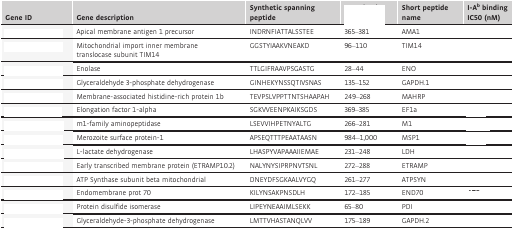
<table><thead><tr><td><b>Gene ID</b></td><td><b>Gene description</b></td><td><b>Synthetic spanning peptide</b></td><td>[EMPTY_CELL]</td><td><b>Short peptide name</b></td><td><b>I‐A<sup>b</sup> binding IC50 (nM)</b></td></tr></thead><tbody><tr><td>[EMPTY_CELL]</td><td>Apical membrane antigen 1 precursor</td><td>INDRNFIATTALSSTEE</td><td>365–381</td><td>AMA1</td><td>[EMPTY_CELL]</td></tr><tr><td>[EMPTY_CELL]</td><td>Mitochondrial import inner membrane translocase subunit TIM14</td><td>GGSTYIAAKVNEAKD</td><td>96–110</td><td>TIM14</td><td>[EMPTY_CELL]</td></tr><tr><td>[EMPTY_CELL]</td><td>Enolase</td><td>TTLGIFRAAVPSGASTG</td><td>28–44</td><td>ENO</td><td>[EMPTY_CELL]</td></tr><tr><td>[EMPTY_CELL]</td><td>Glyceraldehyde 3‐phosphate dehydrogenase</td><td>GINHEKYNSSQTIVSNAS</td><td>135–152</td><td>GAPDH.1</td><td>[EMPTY_CELL]</td></tr><tr><td>[EMPTY_CELL]</td><td>Membrane‐associated histidine‐rich protein 1b</td><td>TEVPSLVPPTTNTSHAAPAH</td><td>249–268</td><td>MAHRP</td><td>[EMPTY_CELL]</td></tr><tr><td>[EMPTY_CELL]</td><td>Elongation factor 1‐alpha</td><td>SGKVVEENPKAIKSGDS</td><td>369–385</td><td>EF1a</td><td>[EMPTY_CELL]</td></tr><tr><td>[EMPTY_CELL]</td><td>m1‐family aminopeptidase</td><td>LSEVVIHPETNYALTG</td><td>266–281</td><td>M1</td><td>[EMPTY_CELL]</td></tr><tr><td>[EMPTY_CELL]</td><td>Merozoite surface protein‐1</td><td>APSEQTTTPEAATAASN</td><td>984–1,000</td><td>MSP1</td><td>[EMPTY_CELL]</td></tr><tr><td>[EMPTY_CELL]</td><td>L‐lactate dehydrogenase</td><td>LHASPYVAPAAAIIEMAE</td><td>231–248</td><td>LDH</td><td>[EMPTY_CELL]</td></tr><tr><td>[EMPTY_CELL]</td><td>Early transcribed membrane protein (ETRAMP10.2)</td><td>NALYNYSIPRPNVTSNL</td><td>272–288</td><td>ETRAMP</td><td>[EMPTY_CELL]</td></tr><tr><td>[EMPTY_CELL]</td><td>ATP Synthase subunit beta mitochondrial</td><td>DNEYDFSGKAALVYGQ</td><td>261–277</td><td>ATPSYN</td><td>[EMPTY_CELL]</td></tr><tr><td>[EMPTY_CELL]</td><td>Endomembrane prot 70</td><td>KILYNSAKPNSDLH</td><td>172–185</td><td>END70</td><td>[EMPTY_CELL]</td></tr><tr><td>[EMPTY_CELL]</td><td>Protein disulfide isomerase</td><td>LIPEYNEAAIMLSEKK</td><td>65–80</td><td>PDI</td><td>[EMPTY_CELL]</td></tr><tr><td>[EMPTY_CELL]</td><td>Glyceraldehyde‐3‐phosphate dehydrogenase</td><td>LMTTVHASTANQLVV</td><td>175–189</td><td>GAPDH.2</td><td>[EMPTY_CELL]</td></tr></tbody></table>